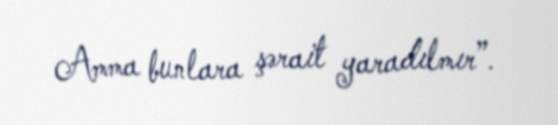
Amma bunlara şərait yaradılmır”.